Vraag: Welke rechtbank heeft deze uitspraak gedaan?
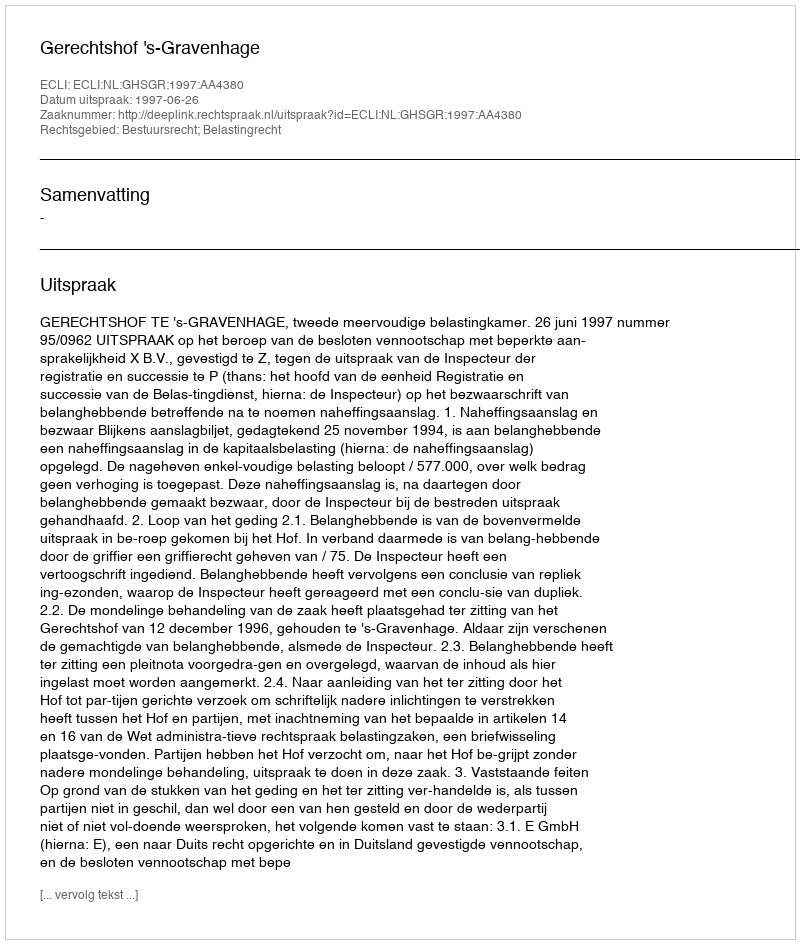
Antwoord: Gerechtshof 's-Gravenhage